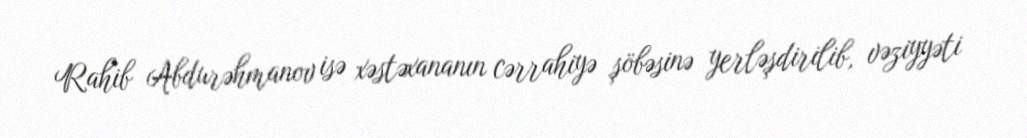
Rahib Abdurəhmanov isə xəstəxananın cərrahiyə şöbəsinə yerləşdirilib, vəziyyəti